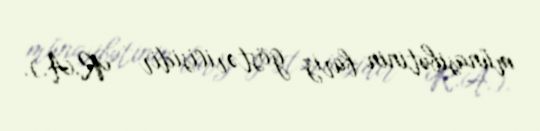
münasibətinin bariz göstəricisidir - R.A.).